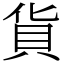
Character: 貨